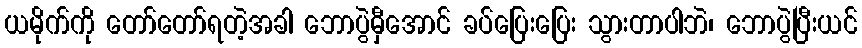
ယမိုက်ကို တော်တော်ရတဲ့အခါ ဘောပွဲမှီအောင် ခပ်ပြေးပြေး သွားတာပါဘဲ၊ ဘောပွဲပြီးယင်